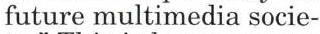
future multimedia socie-